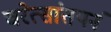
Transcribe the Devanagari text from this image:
चरेत्सांतपनं